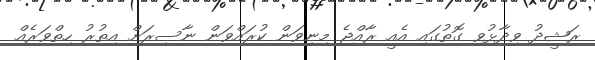
ރަޝީދު ވިދާޅުވި ގޮތުގައި އެއީ ރާއްޖެ މިނިވަން ކުރައްވަން ނާސިރަށް އިތުރު ހިތްވަރެއް